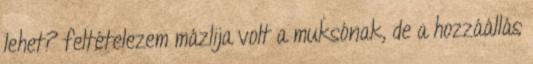
lehet? feltételezem mázlija volt a muksónak, de a hozzáállás